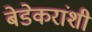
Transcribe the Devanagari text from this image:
बेडेकरांशी